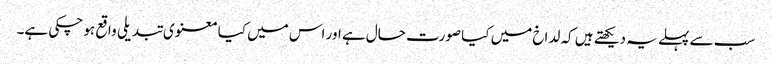
سب سے پہلے یہ دیکھتے ہیں کہ لداخ میں کیا صورت حال ہے اور اس میں کیا معنوی تبدیلی واقع ہو چکی ہے۔